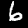
Label: 6